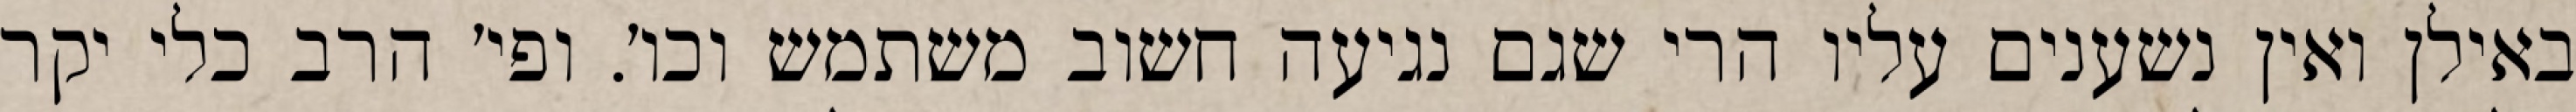
באילן ואין נשענים עליו הרי שגם נגיעה חשוב משתמש וכו׳. ופי׳ הרב כלי יקר